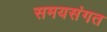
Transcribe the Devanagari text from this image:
समयसंगत